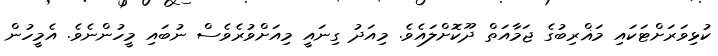
ކުޅިވަރަށްޓަކައި މަޣްރިބުގެ ޖަމާއަތް ދޫކޮށްލައެވެ. މިއަދު ގިނައީ މިއަށްވުރެވެސް ނުބައި މީހުންނެވެ. އެމީހުން